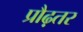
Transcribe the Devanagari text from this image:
प्रौढ़तर